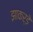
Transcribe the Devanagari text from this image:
झाकर्डे